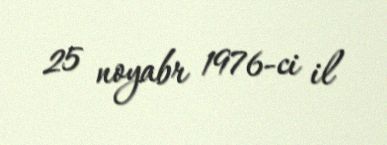
25 noyabr 1976-ci il